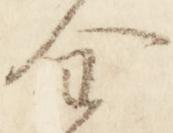
金